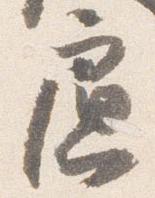
慮